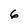
Character: 6